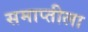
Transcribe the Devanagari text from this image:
समाप्तीला